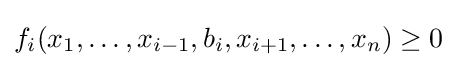
f_{i}(x_{1},\ldots ,x_{i-1},b_{i},x_{i+1},\ldots ,x_{n})\geq 0